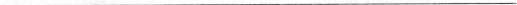
___